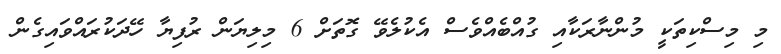
މި މިސްކިތަކީ މުންނާރަކާއި ގުއްބެއްވެސް އެކުލެވޭ ގޮތަށް 6 މިލިޔަން ރުފިޔާ ހޭދަކުރައްވައިގެން